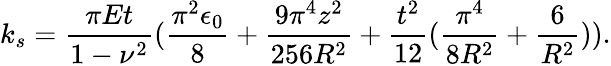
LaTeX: k_{s}=\frac{\pi Et}{1-\nu^{2}}(\frac{\pi^{2}\epsilon_{0}}{8}+\frac{9\pi^{4}z^{2}}{256R^{2}}+\frac{t^{2}}{12}(\frac{\pi^{4}}{8R^{2}}+\frac{6}{R^{2}})).